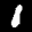
Label: 1